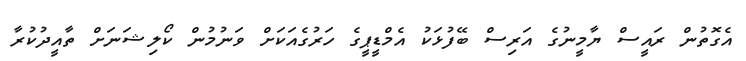
އެގޮތުން ރައީސް ޔާމީނުގެ އަރިސް ބޭފުޅަކު އެމްޑީޕީގެ ހަރުގެއަކަށް ވަނުމުން ކޯލިޝަނަށް ތާއީދުކުރާ